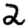
Digit: 2